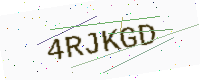
Text: 4RJKGD